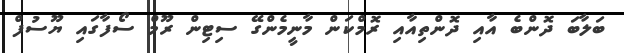
ބަލާބަ ދޮންބެ އާއި ދޮންތިއާއި ރޮމްކަން މާނީމެންގޭ ސިޓިން ރޫމް ސޯފާގައި ޔޫސުފް